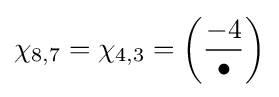
\chi _{8,7}=\chi _{4,3}=\left({\frac {-4}{\bullet }}\right)